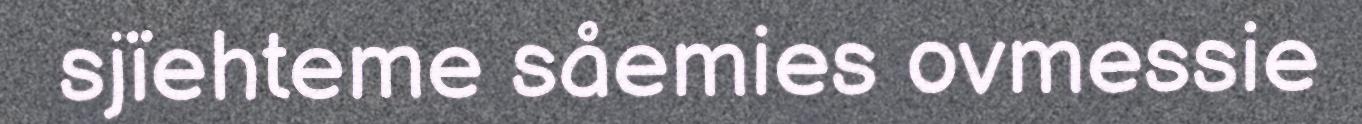
sjïehteme såemies ovmessie